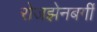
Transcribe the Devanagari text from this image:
रोजझेनबर्गी